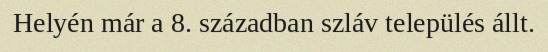
Helyén már a 8. században szláv település állt.